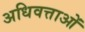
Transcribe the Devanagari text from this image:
अधिवत्ताओं